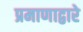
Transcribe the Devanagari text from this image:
प्रमाणाद्वारे